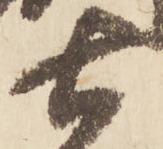
土